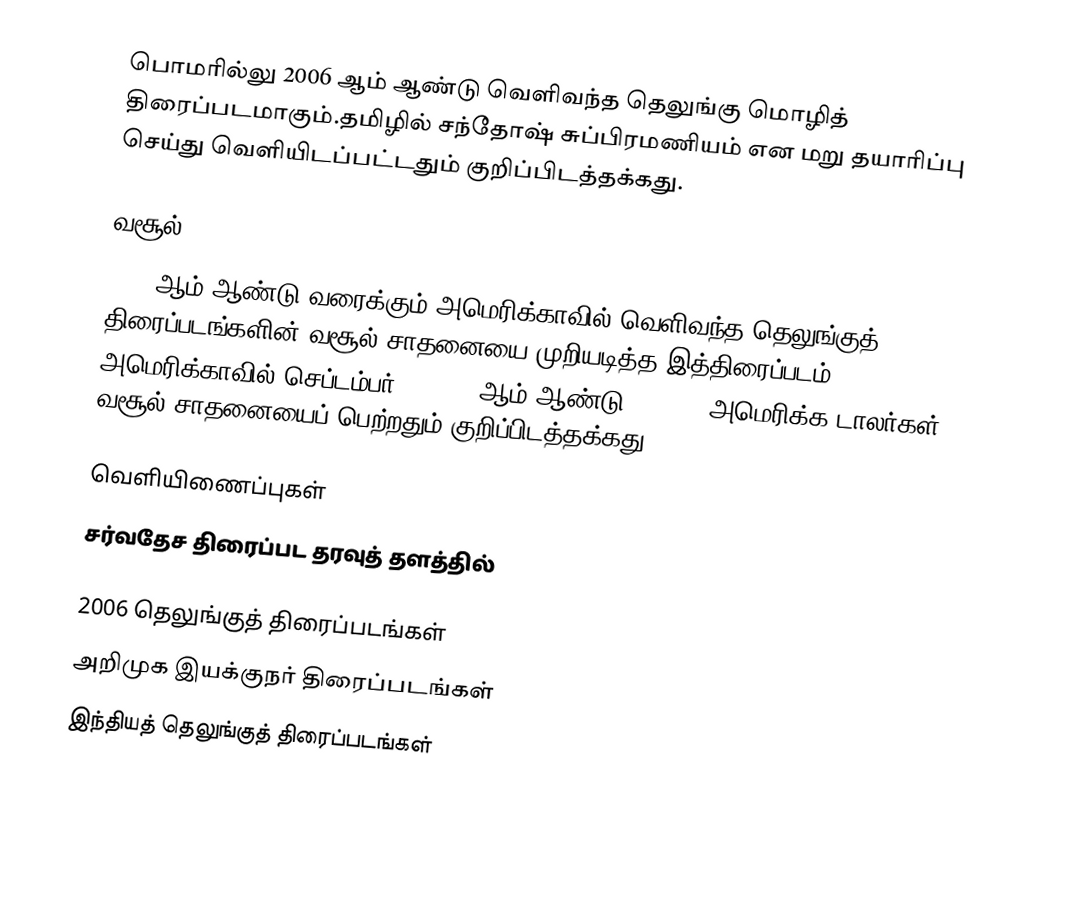
பொமரில்லு 2006 ஆம் ஆண்டு வெளிவந்த தெலுங்கு மொழித் திரைப்படமாகும்.தமிழில் சந்தோஷ் சுப்பிரமணியம் என மறு தயாரிப்பு செய்து வெளியிடப்பட்டதும் குறிப்பிடத்தக்கது.

வசூல்
2006 ஆம் ஆண்டு வரைக்கும் அமெரிக்காவில் வெளிவந்த தெலுங்குத் திரைப்படங்களின் வசூல் சாதனையை முறியடித்த இத்திரைப்படம் அமெரிக்காவில் செப்டம்பர் 13 2006 ஆம் ஆண்டு 600,000 அமெரிக்க டாலர்கள் வசூல் சாதனையைப் பெற்றதும் குறிப்பிடத்தக்கது.

வெளியிணைப்புகள்
சர்வதேச திரைப்பட தரவுத் தளத்தில்

2006 தெலுங்குத் திரைப்படங்கள்
அறிமுக இயக்குநர் திரைப்படங்கள்
இந்தியத் தெலுங்குத் திரைப்படங்கள்